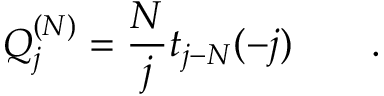
Q _ { j } ^ { ( N ) } = \frac { N } { j } t _ { j - N } ( - j ) \qquad .